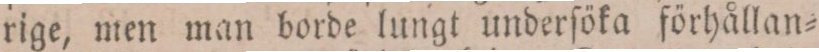
rige, men man borde lungt underſöka förhållan=